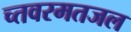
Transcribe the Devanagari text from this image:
च्तवरमतजल